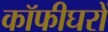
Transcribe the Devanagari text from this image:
कॉफीघरों